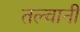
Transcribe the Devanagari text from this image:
तल्वानी